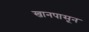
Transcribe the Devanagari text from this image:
खानपासून